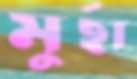
মুর্ছা